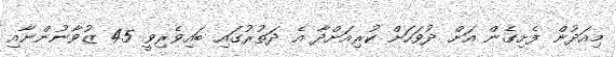
މިއަދުން ފެށިގެން އަށް ދުވަހަށް ކުރިއަށްދާ އެ ދަތުރުގައި ބައިވެރިވީ 45 ޒުވާނުންނާއި